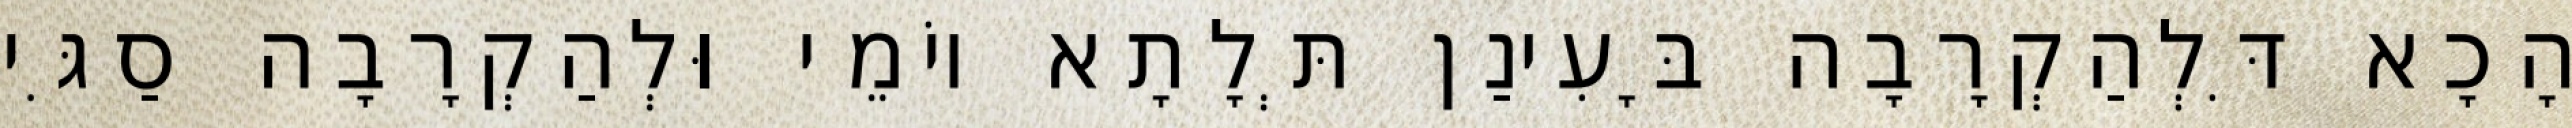
הָכָא דִּלְהַקְרָבָה בָּעִינַן תְּלָתָא יוֹמֵי וּלְהַקְרָבָה סַגִּי